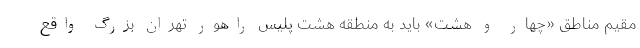
مقیم مناطق «چهار و هشت» باید به منطقه هشت پلیس راهور تهران بزرگ واقع